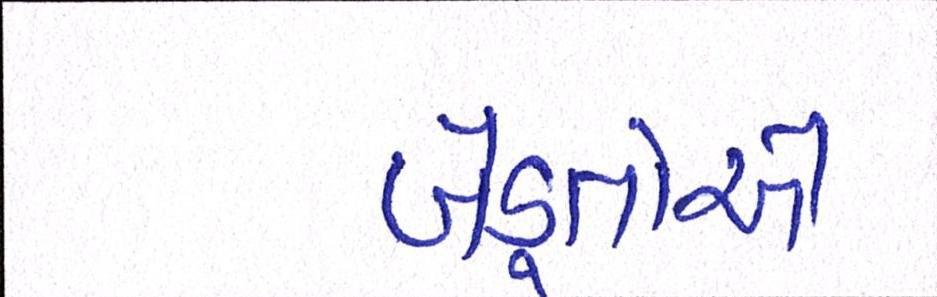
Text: ખેડ઼ૂતોએ